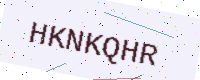
Text: HKNKQHR